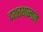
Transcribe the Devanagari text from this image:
दशरथात्मज